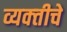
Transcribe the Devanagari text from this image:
व्यक्‍तीचे